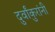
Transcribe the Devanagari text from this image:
दुर्वांकुरांनी